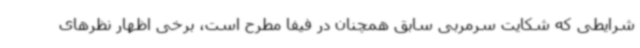
شرایطی که شکایت سرمربی سابق همچنان در فیفا مطرح است، برخی اظهار نظرهای